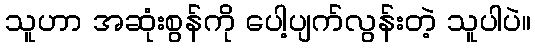
သူဟာ အဆုံးစွန်ကို ပေါ့ပျက်လွန်းတဲ့ သူပါပဲ။